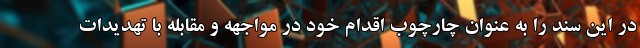
در این سند را به عنوان چارچوب اقدام خود در مواجهه و مقابله با تهدیدات